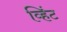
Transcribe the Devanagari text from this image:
व्हिंट